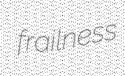
frailness